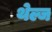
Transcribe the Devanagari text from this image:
थेल्ज